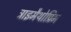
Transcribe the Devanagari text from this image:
ट्राइमैथोप्रिम